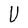
Character: U